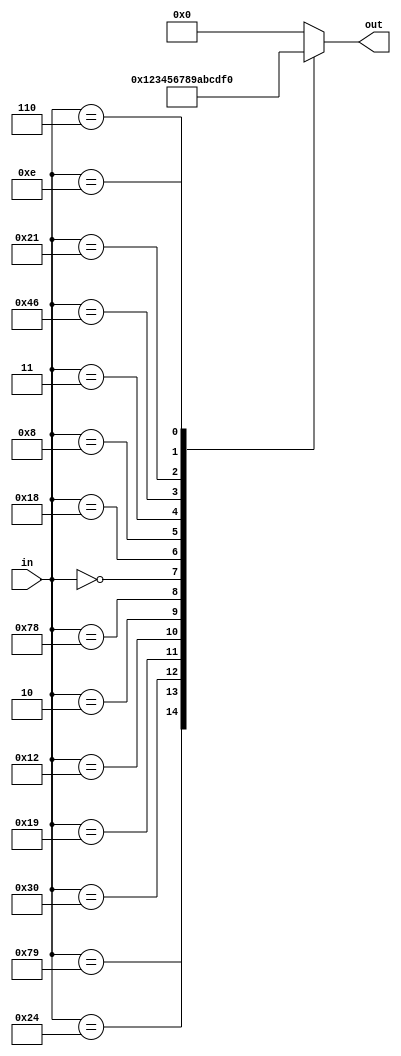
module hex2dec(
    input [6:0] in,

    output [3:0] out
);

reg [3:0] out2;
assign out = out2;

parameter ZERO =  7'b100_0000;
parameter ONE =   7'b111_1001;
parameter TWO = 7'b010_0100;
parameter THREE = 7'b011_0000;
parameter FOUR = 7'b001_1001;
parameter FIVE = 7'b001_0010;
parameter SIX = 7'b000_0010;
parameter SEVEN = 7'b111_1000;
parameter EIGHT = 7'b000_0000;
parameter NINE = 7'b001_1000;
parameter A = 7'b000_1000;
parameter B = 7'b000_0011;
parameter C = 7'b100_0110;
parameter D = 7'b010_0001;
parameter E = 7'b000_0110;
parameter F = 7'b000_1110;

always @(in) begin
    case (in)
        ZERO: begin
            out2 = 4'd00;
        end
        ONE: begin
            out2 = 4'd01;
        end
        TWO: begin
            out2 = 4'd02;
        end
        THREE: begin
            out2 = 4'd03;
        end
        FOUR: begin
            out2 = 4'd04;
        end
        FIVE: begin
            out2 = 4'd05;
        end
        SIX: begin
            out2 = 4'd06;
        end
        SEVEN: begin
            out2 = 4'd07;
        end
        EIGHT: begin
            out2 = 4'd08;
        end
        NINE: begin
            out2 = 4'd09;
        end
        A: begin
            out2 = 4'd10;
        end
        B: begin
            out2 = 4'd11;
        end
        C: begin
            out2 = 4'd12;
        end
        D: begin
            out2 = 4'd13;
        end
        E: begin
            out2 = 4'd14;
        end
        F: begin
            out2 = 4'd15;
        end
         default: begin
            out2 = 4'd00;
         end    
    endcase      
end


endmodule